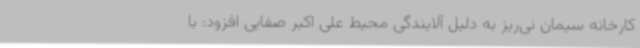
کارخانه سیمان نی‌ریز به دلیل آلایندگی محیط علی اکبر صفایی افزود: با